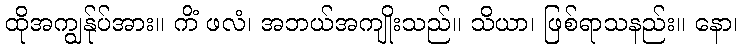
ထိုအကျွန်ုပ်အား။ ကိံ ဖလံ၊ အဘယ်အကျိုးသည်။ သိယာ၊ ဖြစ်ရာသနည်း။ နော၊